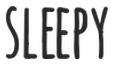
SLEEPY